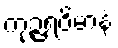
ကုဉ္ဇရဝိမာနံ